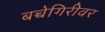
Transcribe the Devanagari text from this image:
बच्चेगिरीवर